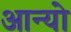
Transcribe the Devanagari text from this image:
आन्‍यो